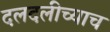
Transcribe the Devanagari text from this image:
दलदलीच्याच